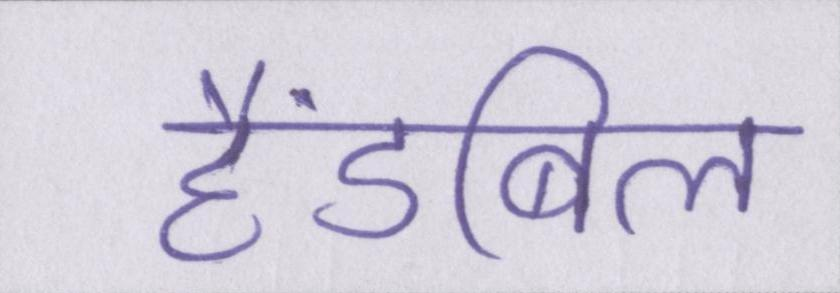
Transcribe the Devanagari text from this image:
हैंडबिल